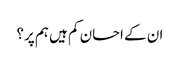
ان کے احسان کم ہیں ہم پر؟